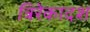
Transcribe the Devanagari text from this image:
त्रिरेकादश